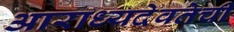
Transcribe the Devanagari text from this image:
आराध्यदेवतेची